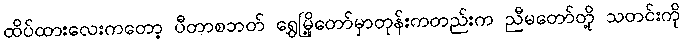
ထိပ်ထားလေးကတော့ ပီတာစဘတ် ရွှေမြို့တော်မှာတုန်းကတည်းက ညီမတော်တို့ သတင်းကို